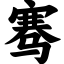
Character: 骞